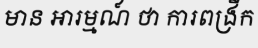
មាន អារម្មណ៍ ថា ការពង្រីក